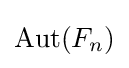
\operatorname {Aut} (F_{n})